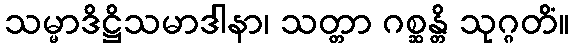
သမ္မာဒိဋ္ဌိသမာဒါနာ၊ သတ္တာ ဂစ္ဆန္တိ သုဂ္ဂတိံ။